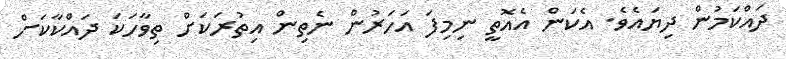
ދައްކަމުން ދިޔައެވެ. އެކަން އެއޮތީ ނިމިފަ އަހަރުން ނެތިން އިތުރަކަށް ތިވާހަކަ ދައްކާކަށް